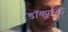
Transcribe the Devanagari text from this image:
डॉक्यूमेंट्स